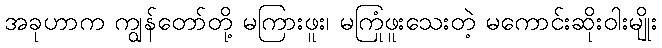
အခုဟာက ကျွန်တော်တို့ မကြားဖူး၊ မကြုံဖူးသေးတဲ့ မကောင်းဆိုးဝါးမျိုး